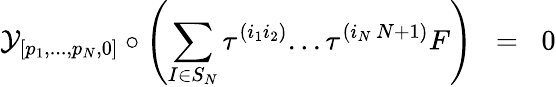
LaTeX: {\cal{Y}}_{[p_{1},...,p_{N},0]}\circ\left(\sum_{I\in S_{N}}\tau^{(i_{1}i_{2})}...\tau^{(i_{N}\, N+1)}F\right)\; \; =\; \; 0